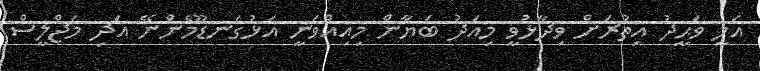
އަލީ ވަޙީދު އިތުރަށް ވިދާޅުވީ މިއަދު ބަޔާން މިއިއްވަނީ އަޅުގަނޑޫމެންނޭ އަދި މަޖްލީސް